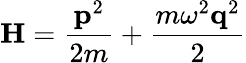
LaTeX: \textbf{H}=\frac{\textbf{p}^{2}}{2m}+\frac{m\omega^{2}\textbf{q}^{2}}{2}